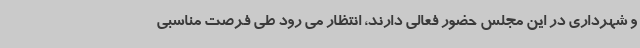
و شهرداری در این مجلس حضور فعالی دارند، انتظار می رود طی فرصت مناسبی